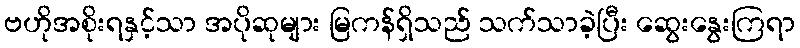
ဗဟိုအစိုးရနှင့်သာ အပိုဆုများ မြကန်ရှိသည် သက်သာခဲ့ပြီး ဆွေးနွေးကြရာ